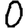
Digit: 0